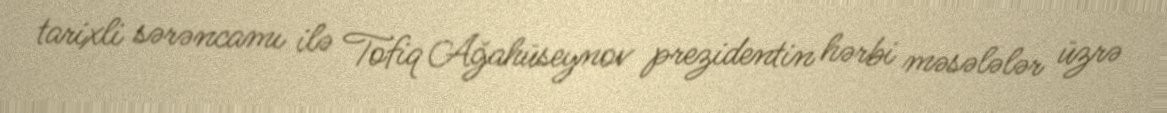
tarixli sərəncamı ilə Tofiq Ağahüseynov prezidentin hərbi məsələlər üzrə